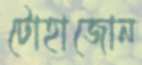
টোহাজোন